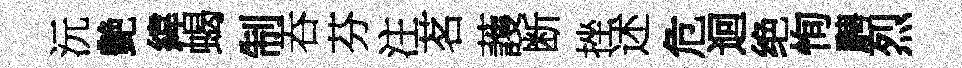
沅艶緯蝎制吞芬注茗䕶断挫述危迴绝恂騁烈